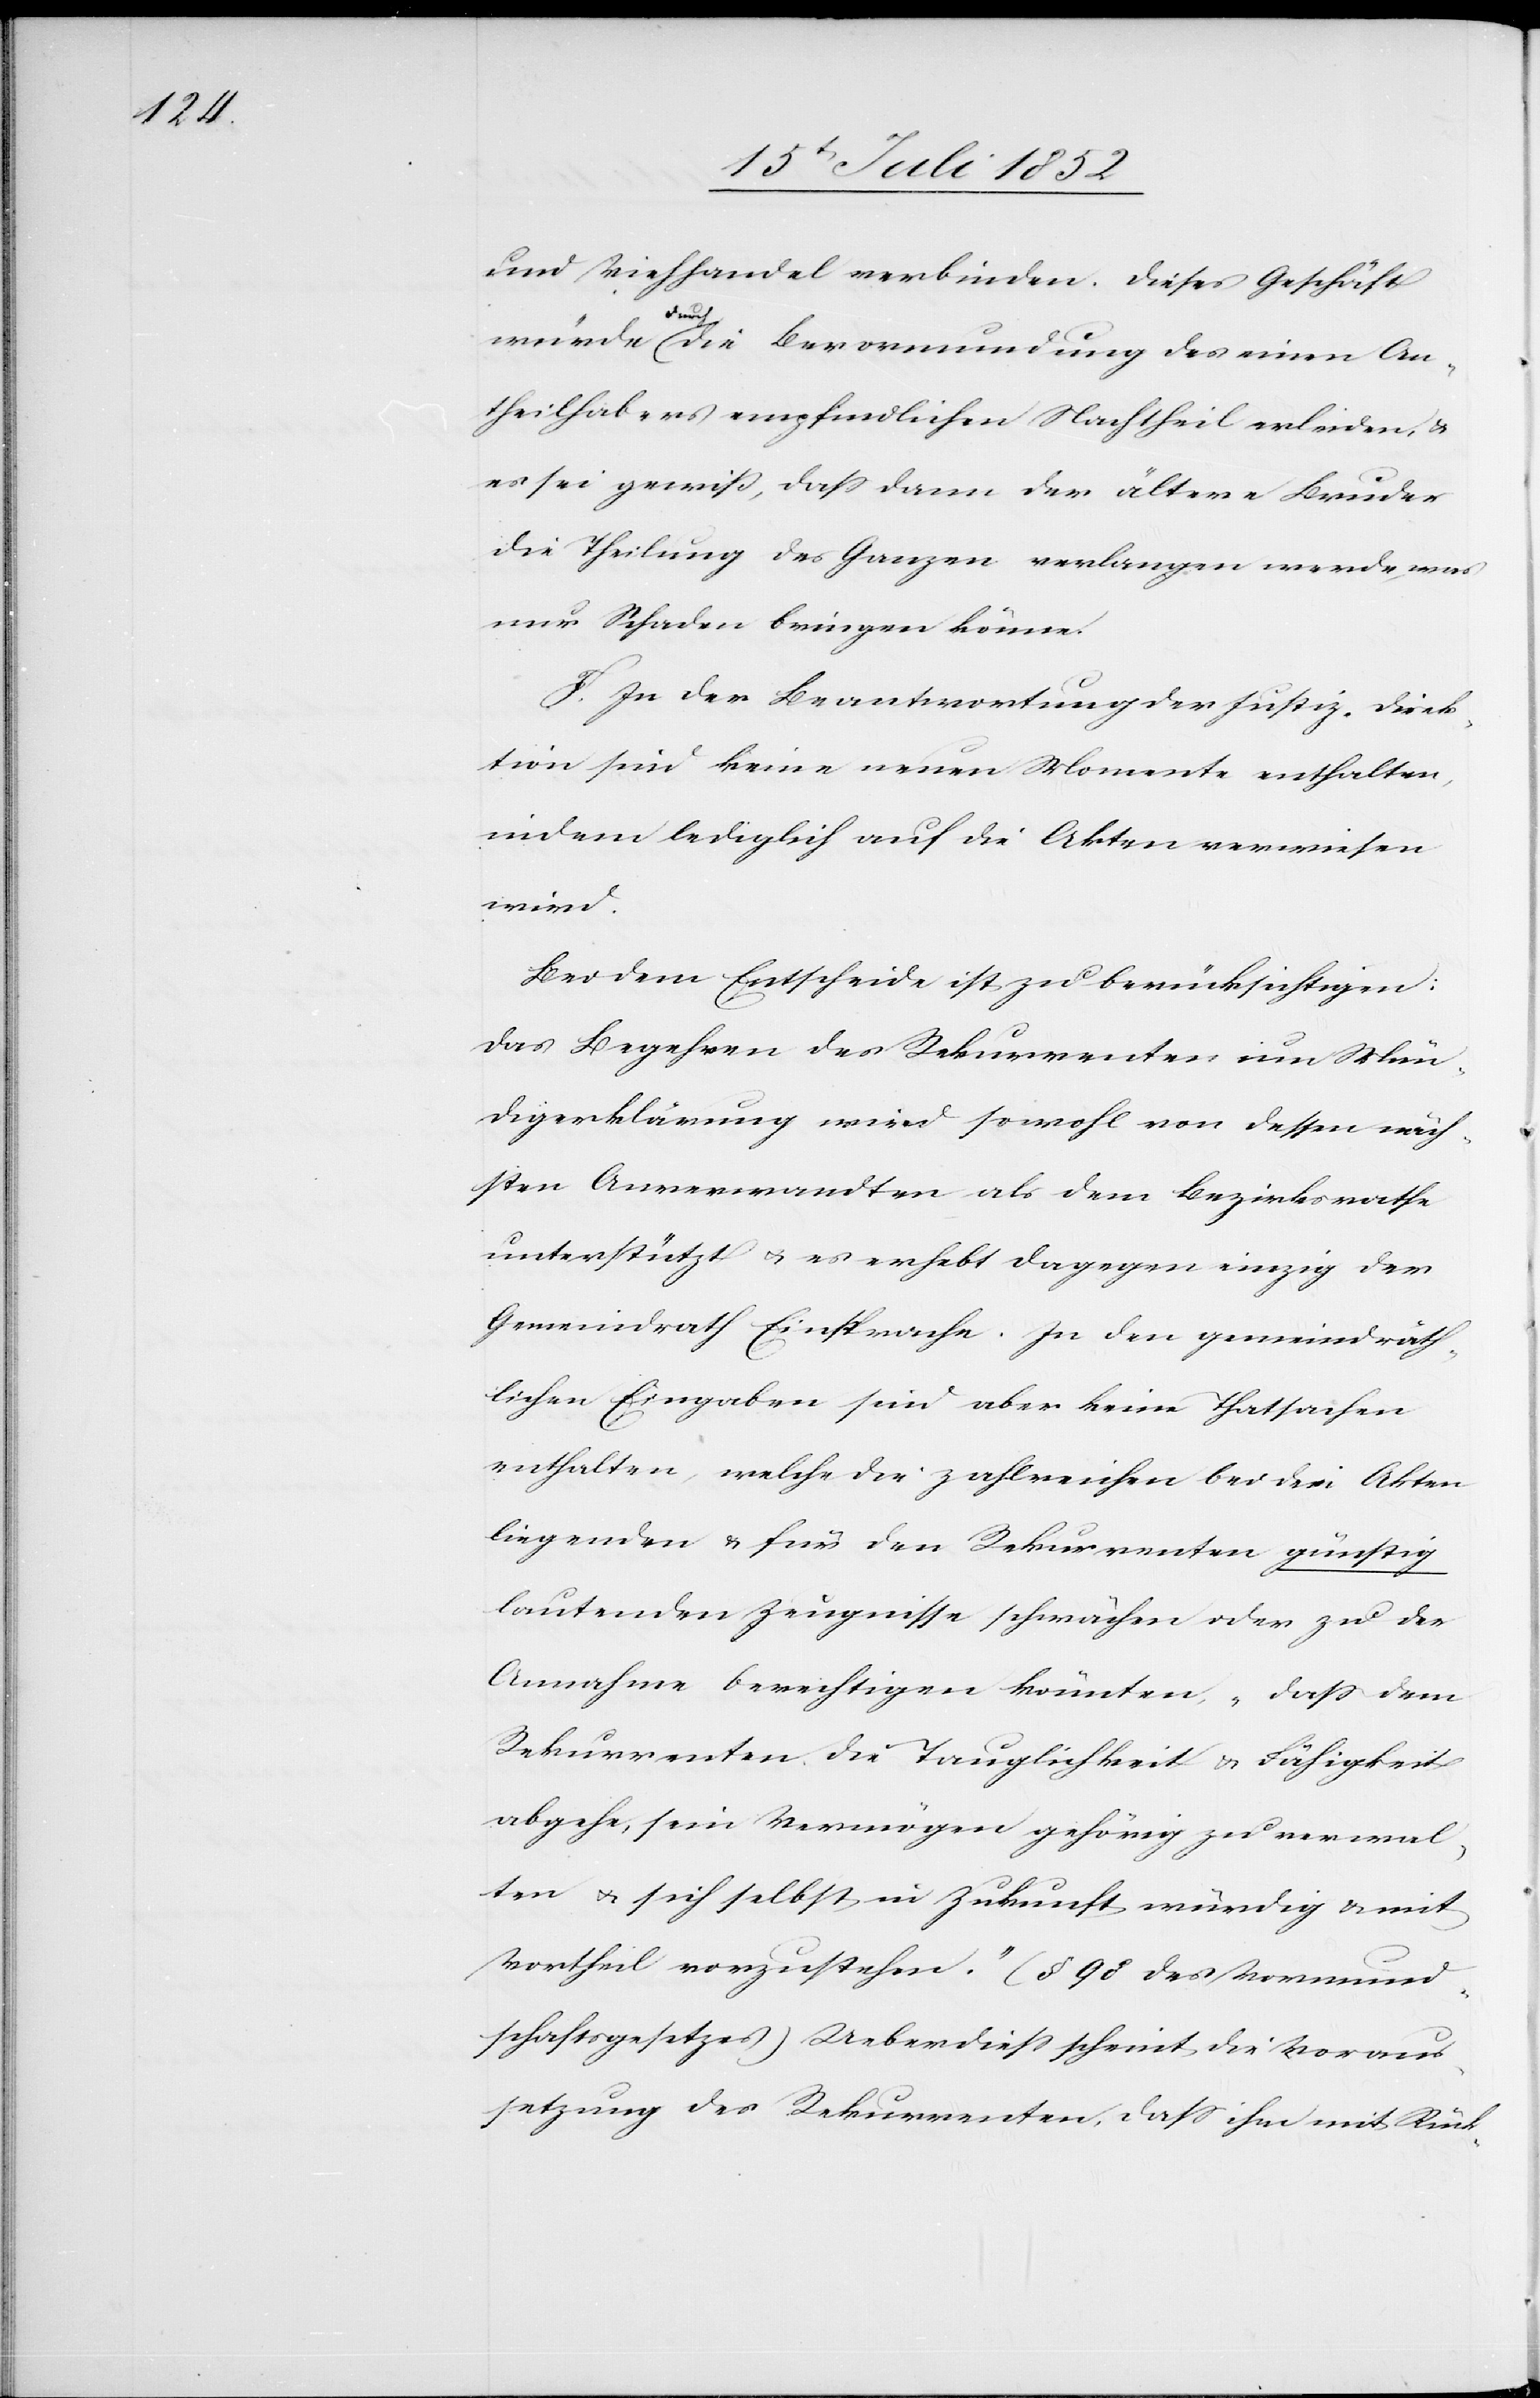
und Viehhandel verbinden. Dieses Geschäft
wird.
würde durch die Bevormundung des einen An¬
theilhabers empfindlichen Nachtheil erleiden, &
es sei gewiß, dass dann der ältere Bruder
die Theilung des Ganzen verlangen werde, was
nur Schaden bringen könne.
F. In der Beantwortung der Justiz-Direk¬
tion sind keine neuen Momente enthalten,
indem lediglich auf die Akten verwiesen
Bei dem Entscheide ist zu berücksichtigen:
Das Begehren des Rekurrenten um Mün¬
digerklärung wird sowohl von dessen näch¬
sten Anverwandten als dem Bezirksrathe
unterstützt & es erhebt dagegen einzig der
Gemeindrath Einsprache. In den gemeindräth¬
lichen Eingaben sind aber keine Thatsachen
enthalten, welche die zahlreichen bei den Akten
liegenden & für den Rekurrenten günstig
lautenden Zeugnisse schwächen oder zu der
Annahme berechtigen könnten, „dass dem
Rekurrenten die Tauglichkeit & Fähigkeit
abgehe, sein Vermögen gehörig zu verwal¬
ten & sich selbst in Zukunft mündig & mit
Vortheil vorzustehen.“ (§ 98 des Vormund¬
schaftsgesetzes) Ueberdiess scheint die Voraus¬
setzung des Rekurrenten, dass ihm mit Rück-